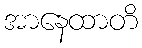
အာနေထာတိ